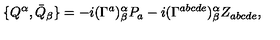
\{ Q ^ { \alpha } , \bar { Q } _ { \beta } \} = - i ( \Gamma ^ { a } ) _ { \beta } ^ { \alpha } P _ { a } - i ( \Gamma ^ { a b c d e } ) _ { \beta } ^ { \alpha } Z _ { a b c d e } ,